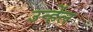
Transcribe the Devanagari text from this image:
उन्हेंल